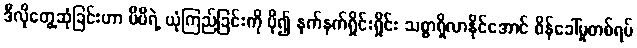
ဒီလိုတွေ့ဆုံခြင်းဟာ မိမိရဲ့ ယုံကြည်ခြင်းကို ပို၍ နက်နက်ရှိုင်းရှိုင်း သစ္စာရှိလာနိုင်အောင် စိန်ခေါ်မှုတစ်ရပ်